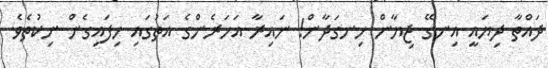
ދައްތާ ދިޔައީ އިނގޭ ޖިޔާން ހިނގަދާން! ނައިރާ އަހަރެންގެ އަތުގައި ހިފައިގެން ނިކުތެވެ.